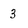
Character: 3